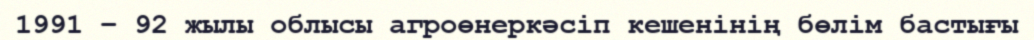
1991 – 92 жылы облысы агроөнеркәсіп кешенінің бөлім бастығы